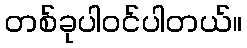
တစ်ခုပါဝင်ပါတယ်။